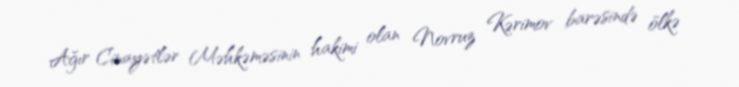
Ağır Cinayətlər Məhkəməsinin hakimi olan Novruz Kərimov barəsində ölkə